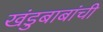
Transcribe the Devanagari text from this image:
खंडुबाबांची